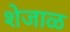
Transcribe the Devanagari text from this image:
शेजाळ